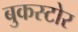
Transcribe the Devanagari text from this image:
बुकस्‍टोर